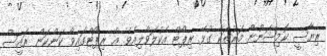
ރިޔާސީ ކޮމިޝަނުން މަރުތަކާ ގުޅޭ ރިޕޯޓް އެކުލަވާލިއެވެ. އެ ރިޕޯޓްގައިވާ ކަންކަން ރައީސް